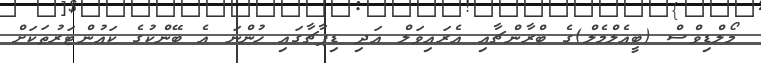
މޯލްޑިވްސް (ބީއެލްމެލް)ގެ ބްރާންޗާއި އެރައިވަލް އަދި ޑިޕާޗާގައި ހުންނަ އެ ބޭންކުގެ ކައުންޓަރުތަކަށް